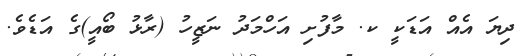
ދިޔަ އެއް އަޑަކީ ކ. މާފުށި އަހްމަދު ނަޒީހު (ރާޅު ބޯއީ)ގެ އަޑެވެ.